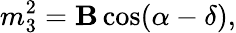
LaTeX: m_{3}^{2}=\mathbf{B}\cos(\alpha-\delta),